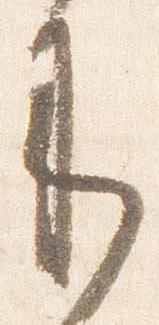
来